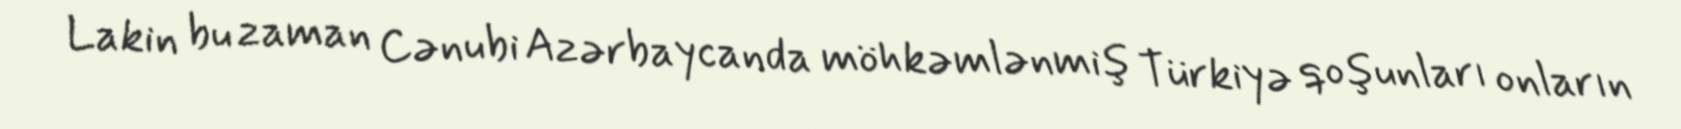
Lakin bu zaman Cənubi Azərbaycanda möhkəmlənmiş Türkiyə qoşunları onların